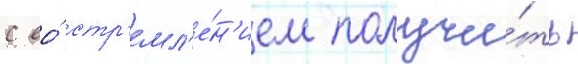
с ео́ стр'емл'е́н'ием получи́ть